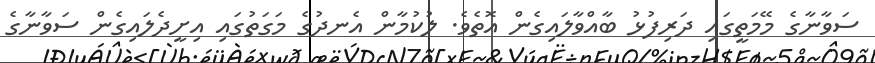
ސަވާނާގެ މޭމަތީގައި ދަރިފުޅު ބާއްވާލައިގެން އޮތެވެ. ލުކުމާން އެނދުގެ މަގަތުގައި އިށީދެލައިގެން ސަވާނާގެ